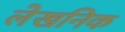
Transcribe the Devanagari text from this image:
लेखनिक